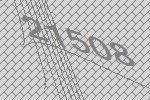
21508